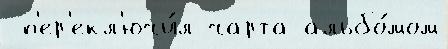
 п'ер'екл'ючи́л чарта альбо́мом